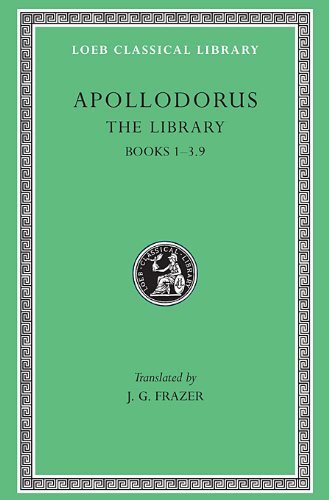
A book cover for Apollodorus:  The Library, Volume I: Books 1-3.9 (Loeb Classical Library no. 121); Apollodorus; Literature & Fiction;